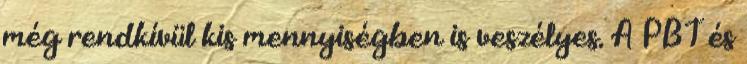
még rendkívül kis mennyiségben is veszélyes. A PBT és